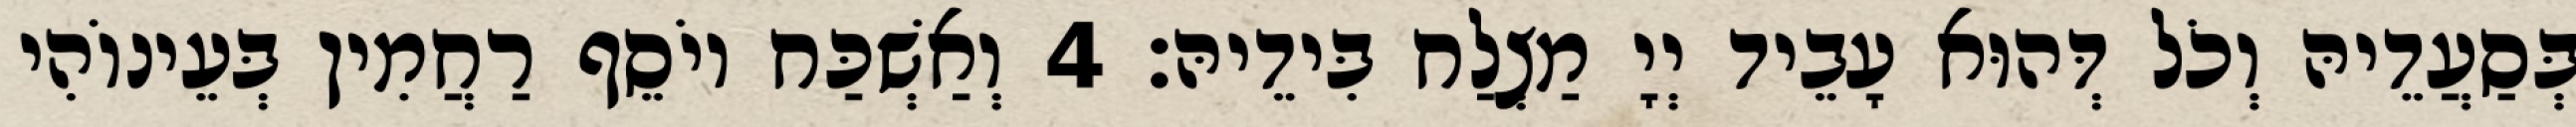
בְּסַעֲדֵיהּ וְכֹל דְּהוּא עָבֵיד יְיָ מַצְלַח בִּידֵיהּ׃ 4 וְאַשְׁכַּח יוֹסֵף רַחֲמִין בְּעֵינוֹהִי